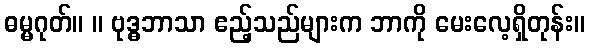
ဓမ္မဂုတ်။ ။ ဗုဒ္ဓဘာသာ ဧည့်သည်များက ဘာကို မေးလေ့ရှိတုန်း။